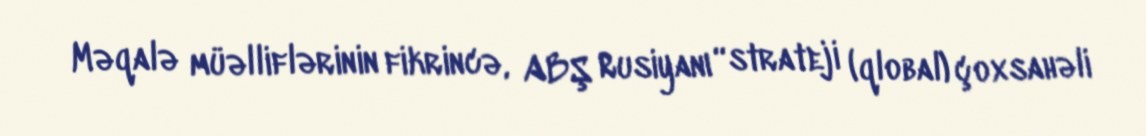
Məqalə müəlliflərinin fikrincə, ABŞ Rusiyanı “strateji (qlobal) çoxsahəli